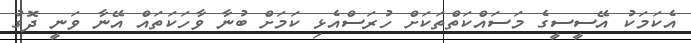
އެކަމަކު އޭސީސީގެ މަސައްކަތްތަކަށް ހުރަސްއެޅި ކަމަށް ބުނާ ވާހަކަތައް އޭނާ ވަނީ ދޮގު